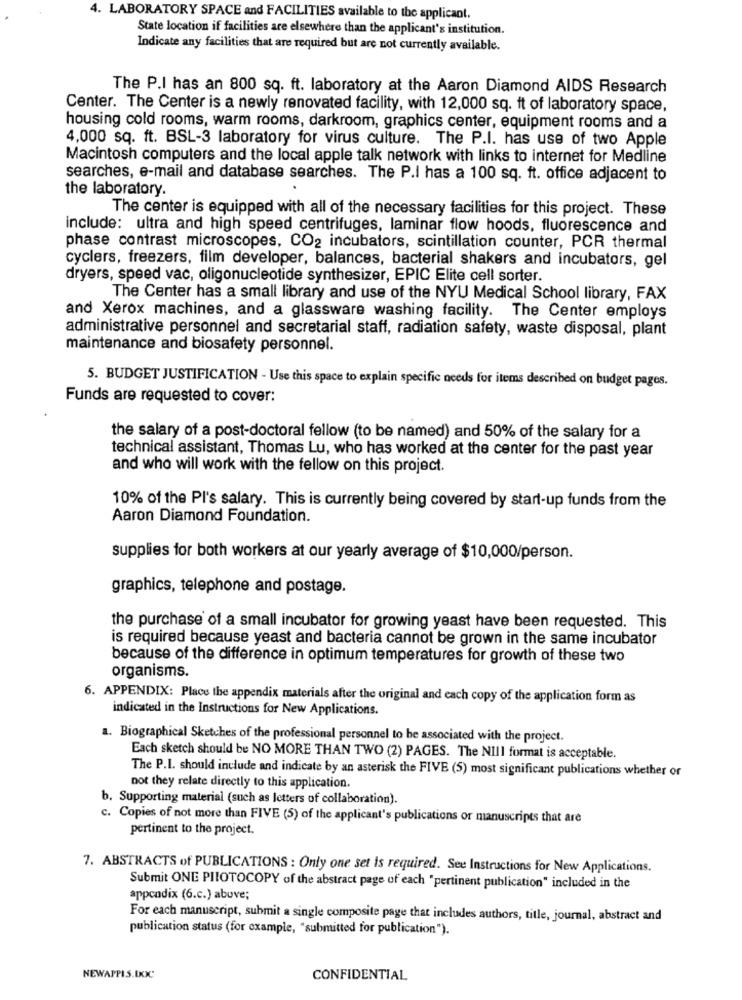
4. LABORATORY SPACE and FACILITIES available to the applicant.
State location if facilities are elsewhere than the applicant's institution.
Indicate any facilities that are required but are not currently available.
The P.I has an 800 sq. ft. laboratory at the Aaron Diamond AIDS Research
Center. The Center is a newly renovated facility, with 12,000 sq. ft of laboratory space,
housing cold rooms, warm rooms, darkroom, graphics center, equipment rooms and a
4,000 sq. ft. BSL-3 laboratory for virus culture. The P.I. has use of two Apple
Macintosh computers and the local apple talk network with links to internet for Medline
searches, e-mail and database searches. The P.I has a 100 sq. ft. office adjacent to
the laboratory.
The center is equipped with all of the necessary facilities for this project. These
include: ultra and high speed centrifuges, laminar flow hoods, fluorescence and
phase contrast microscopes, CO2 incubators, scintillation counter, PCR thermal
cyclers, freezers, film developer, balances, bacterial shakers and incubators, gel
dryers, speed vac, oligonucleotide synthesizer, EPIC Elite cell sorter.
The Center has a small library and use of the NYU Medical School library, FAX
and Xerox machines, and a glassware washing facility. The Center employs
administrative personnel and secretarial staff, radiation safety, waste disposal, plant
maintenance and biosafety personnel.
5. BUDGET JUSTIFICATION - Use this space to explain specific needs for items described on budget pages.
Funds are requested to cover:
the salary of a post-doctoral fellow (to be named) and 50% of the salary for a
technical assistant, Thomas Lu, who has worked at the center for the past year
and who will work with the fellow on this project.
10% of the PI's salary. This is currently being covered by start-up funds from the
Aaron Diamond Foundation.
supplies for both workers at our yearly average of $10,000/person.
graphics, telephone and postage.
the purchase of a small incubator for growing yeast have been requested. This
is required because yeast and bacteria cannot be grown in the same incubator
because of the difference in optimum temperatures for growth of these two
organisms.
6. APPENDIX: Place the appendix materials after the original and each copy of the application form as
indicated in the Instructions for New Applications.
a. Biographical Sketches of the professional personnel to be associated with the project.
Each sketch should be NO MORE THAN TWO (2) PAGES. The NIIl format is acceptable.
The P.I. should include and indicate by an asterisk the FIVE (5) most significant publications whether or
not they relate directly to this application.
b. Supporting material (such as letters of collaboration).
c. Copies of not more than FIVE (5) of the applicant's publications or manuscripts that are
pertinent to the project.
7. ABSTRACTS of PUBLICATIONS : Only one set Is required. See Instructions for New Applications.
Submit ONE PILOTOCOPY of the abstract page of each "pertinent publication" included in the
appendix (6.c.) above;
For each manuscript, submit a single composite page that includes authors, title, journal, abstract and
publication status (for example, "submitted for publication").
NEWAPPIS.DKXC'
CONFIDENTIAL